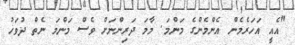
"އެއީ އަހަރެމެން އެންމެންގެ މަންމަ. މާމަ ދަރިންނަށް ވެސް މަންމަ ނެތް ދުވަހު